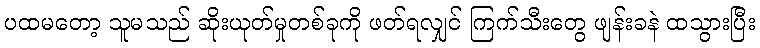
ပထမတော့ သူမသည် ဆိုးယုတ်မှုတစ်ခုကို ဖတ်ရလျှင် ကြက်သီးတွေ ဖျန်းခနဲ ထသွားပြီး